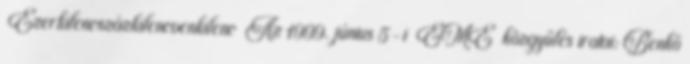
Ezerkilencszázkilencvenkilenc Az 1999. június 5-i EME közgyűlés iratai: Benkő